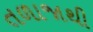
તળાજાથી